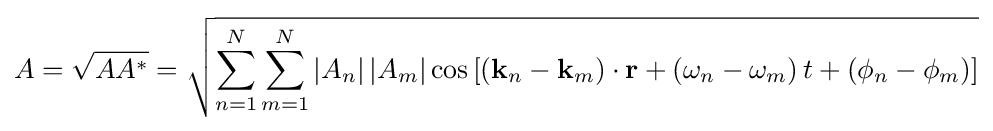
A={\sqrt {AA^{*}}}={\sqrt {\sum _{n=1}^{N}\sum _{m=1}^{N}\left|A_{n}\right|\left|A_{m}\right|\cos \left[\left(\mathbf {k} _{n}-\mathbf {k} _{m}\right)\cdot \mathbf {r} +\left(\omega _{n}-\omega _{m}\right)t+\left(\phi _{n}-\phi _{m}\right)\right]}}\,\!